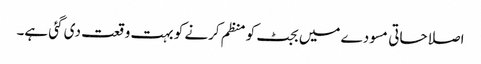
اصلاحاتی مسودے میں بجٹ کو منظم کرنے کو بہت وقعت دی گئی ہے۔